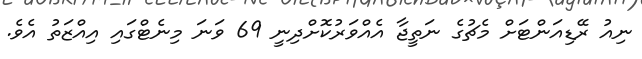
ނިއު ރޭޑިއަންޓަށް މެޗުގެ ނަތީޖާ އެއްވަރުކޮށްދިނީ 69 ވަނަ މިނެޓްގައި އިއްޒަތު އެވެ.